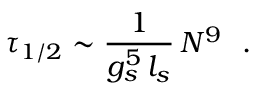
\tau _ { 1 / 2 } \sim { \frac { 1 } { g _ { s } ^ { 5 } \, l _ { s } } } \, N ^ { 9 } ~ ~ .